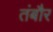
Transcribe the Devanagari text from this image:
तंबौर